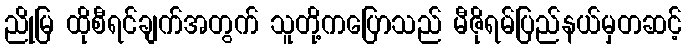
ညိုမြ ထိုစီရင်ချက်အတွက် သူတို့ကပြောသည် မီဇိုရမ်ပြည်နယ်မှတဆင့်